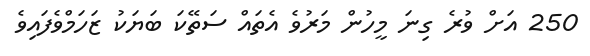
250 އަށް ވުރެ ގިނަ މީހުން މަރުވެ އެތައް ސަތޭކަ ބަޔަކު ޒަހަމްވެފައިވެ